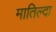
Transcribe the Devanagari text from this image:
मातिल्दा